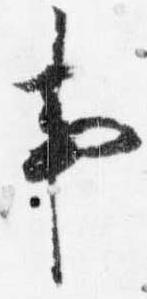
事